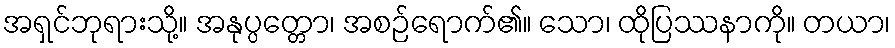
အရှင်ဘုရားသို့။ အနုပ္ပတ္တော၊ အစဉ်ရောက်၏။ သော၊ ထိုပြဿနာကို။ တယာ၊